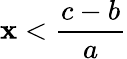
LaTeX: \mathbf{x}<\frac{{c-b}}{{a}}